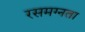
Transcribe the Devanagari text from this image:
रसमग्नता